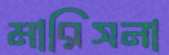
মারিসনা